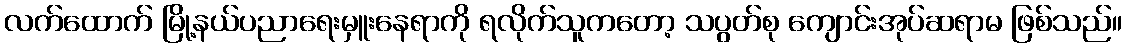
လက်ထောက် မြို့နယ်ပညာရေးမှူးနေရာကို ရလိုက်သူကတော့ သပွတ်စု ကျောင်းအုပ်ဆရာမ ဖြစ်သည်။